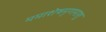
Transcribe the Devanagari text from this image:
ममाशेषमृणमाशु